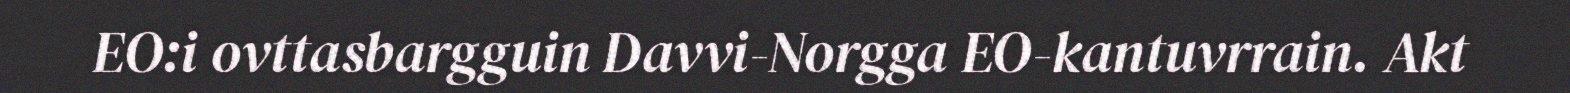
EO:i ovttasbargguin Davvi-Norgga EO-kantuvrrain. Akt